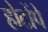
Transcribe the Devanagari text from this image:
होटोंपे